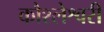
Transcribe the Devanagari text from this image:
कौश्लेश्वरी